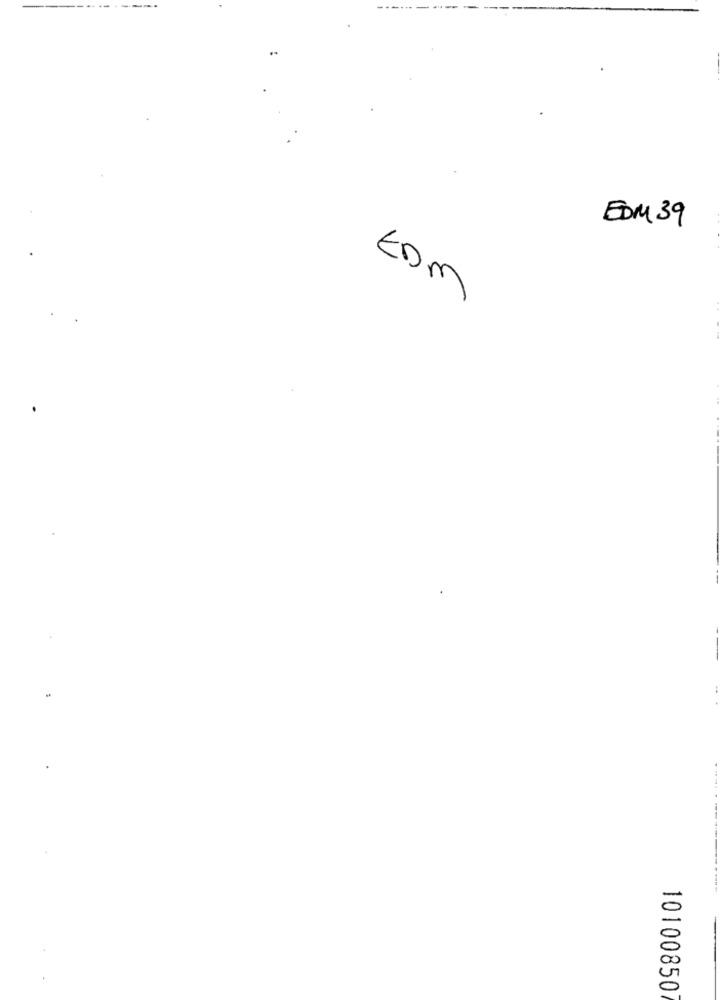
..
M
EDM 39
10100850